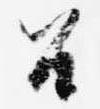
召